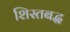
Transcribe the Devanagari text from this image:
शिस्तबद्घ